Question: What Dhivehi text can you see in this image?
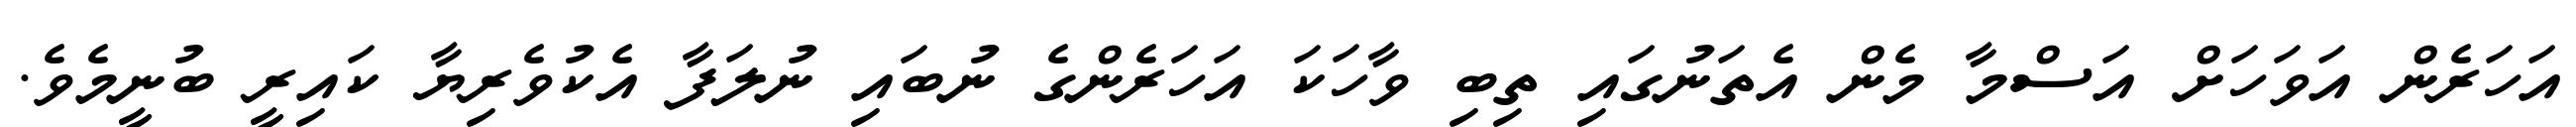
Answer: އަހަރެން އަވަހަށް އަސްމާ މެން އެތަނުގައި ތިބި ވާހަކަ އަހަރެންގެ ނުބައި ނުލަފާ އެކުވެރިޔާ ކައިރީ ބުނީމެވެ.